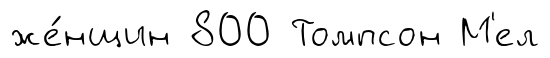
же́нщин 800 Томпсон М'ел